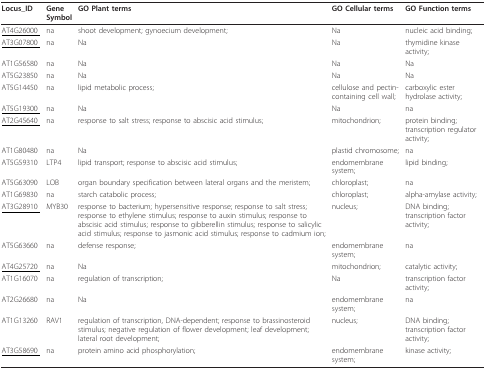
<table><thead><tr><td><b>Locus_ID</b></td><td><b>Gene Symbol</b></td><td><b>GO Plant terms</b></td><td><b>GO Cellular terms</b></td><td><b>GO Function terms</b></td></tr></thead><tbody><tr><td><underline>AT4G26000 </underline></td><td>na</td><td>shoot development; gynoecium development;</td><td>Na</td><td>nucleic acid binding;</td></tr><tr><td><underline>AT3G07800 </underline></td><td>na</td><td>Na</td><td>Na</td><td>thymidine kinase activity;</td></tr><tr><td>AT1G56580</td><td>na</td><td>Na</td><td>Na</td><td>Na</td></tr><tr><td>AT5G23850</td><td>na</td><td>Na</td><td>Na</td><td>Na</td></tr><tr><td>AT5G14450</td><td>na</td><td>lipid metabolic process;</td><td>cellulose and pectin-containing cell wall;</td><td>carboxylic ester hydrolase activity;</td></tr><tr><td><underline>AT5G19300 </underline></td><td>na</td><td>Na</td><td>Na</td><td>na</td></tr><tr><td><underline>AT2G45640 </underline></td><td>na</td><td>response to salt stress; response to abscisic acid stimulus;</td><td>mitochondrion;</td><td>protein binding; transcription regulator activity;</td></tr><tr><td>AT1G80480</td><td>na</td><td>Na</td><td>plastid chromosome;</td><td>na</td></tr><tr><td>AT5G59310</td><td>LTP4</td><td>lipid transport; response to abscisic acid stimulus;</td><td>endomembrane system;</td><td>lipid binding;</td></tr><tr><td>AT5G63090</td><td>LOB</td><td>organ boundary specification between lateral organs and the meristem;</td><td>chloroplast;</td><td>na</td></tr><tr><td>AT1G69830</td><td>na</td><td>starch catabolic process;</td><td>chloroplast;</td><td>alpha-amylase activity;</td></tr><tr><td><underline>AT3G28910 </underline></td><td>MYB30</td><td>response to bacterium; hypersensitive response; response to salt stress; response to ethylene stimulus; response to auxin stimulus; response to abscisic acid stimulus; response to gibberellin stimulus; response to salicylic acid stimulus; response to jasmonic acid stimulus; response to cadmium ion;</td><td>nucleus;</td><td>DNA binding; transcription factor activity;</td></tr><tr><td>AT5G63660</td><td>na</td><td>defense response;</td><td>endomembrane system;</td><td>na</td></tr><tr><td><underline>AT4G25720 </underline></td><td>na</td><td>Na</td><td>mitochondrion;</td><td>catalytic activity;</td></tr><tr><td>AT1G16070</td><td>na</td><td>regulation of transcription;</td><td>Na</td><td>transcription factor activity;</td></tr><tr><td>AT2G26680</td><td>na</td><td>Na</td><td>endomembrane system;</td><td>na</td></tr><tr><td>AT1G13260</td><td>RAV1</td><td>regulation of transcription, DNA-dependent; response to brassinosteroid stimulus; negative regulation of flower development; leaf development; lateral root development;</td><td>nucleus;</td><td>DNA binding; transcription factor activity;</td></tr><tr><td><underline>AT3G58690 </underline></td><td>na</td><td>protein amino acid phosphorylation;</td><td>endomembrane system;</td><td>kinase activity;</td></tr></tbody></table>